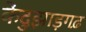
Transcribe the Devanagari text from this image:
केंदुझाड़गढ़